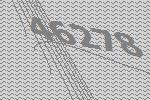
46278